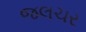
જલચર